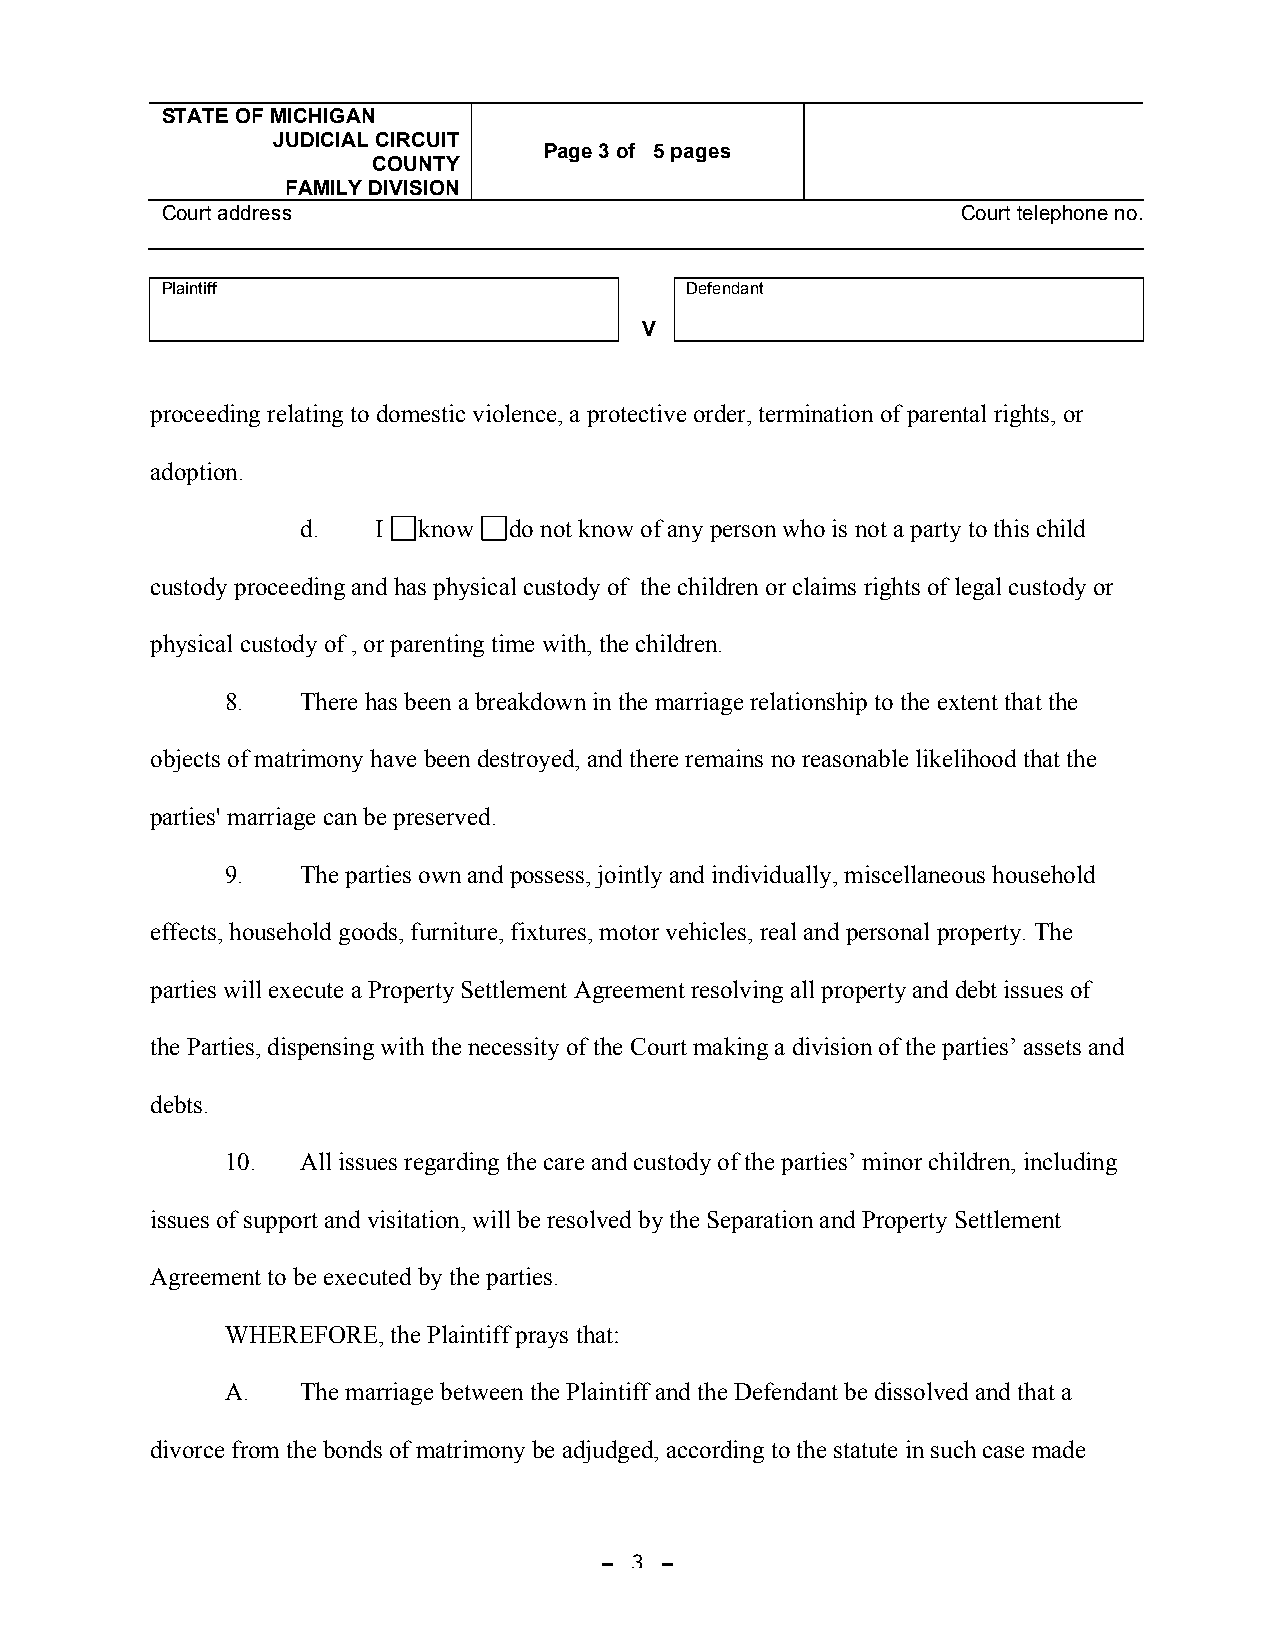
STATE OF MICHIGAN
 JUDICIAL CIRCUIT
 Page 3 of 5 pages
 COUNTY
 FAMILY DIVISION
 Court address                                        Court telephone no.
 Court telephone no.
 Plaintiff                         Defendant
 V
 proceeding relating to domestic violence, a protective order, termination of parental rights, or
 adoption.
 d.   I  know  do not know of any person who is not a party to this child
 custody proceeding and has physical custody of the children or claims rights of legal custody or
 physical custody of , or parenting time with, the children.
 8.   There has been a breakdown in the marriage relationship to the extent that the
 objects of matrimony have been destroyed, and there remains no reasonable likelihood that the
 parties' marriage can be preserved.
 9.   The parties own and possess, jointly and individually, miscellaneous household
 effects, household goods, furniture, fixtures, motor vehicles, real and personal property. The
 parties will execute a Property Settlement Agreement resolving all property and debt issues of
 the Parties, dispensing with the necessity of the Court making a division of the parties’ assets and
 debts.
 10.  All issues regarding the care and custody of the parties’ minor children, including
 issues of support and visitation, will be resolved by the Separation and Property Settlement
 Agreement to be executed by the parties.
 WHEREFORE, the Plaintiff prays that:
 A.   The marriage between the Plaintiff and the Defendant be dissolved and that a
 divorce from the bonds of matrimony be adjudged, according to the statute in such case made
 - 3 -